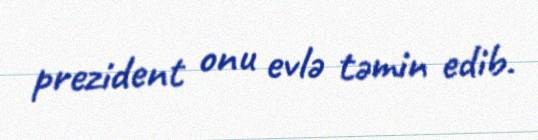
prezident onu evlə təmin edib.